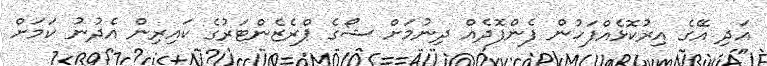
އަދި އޭގެ އިރުކޮޅެއްފަހުން ފެންފޮދެއް ދިނުމަށް ޝޯގެ ޕްރެޒެންޓަރުގެ ކައިރިން އެދުނު ކަމަށް